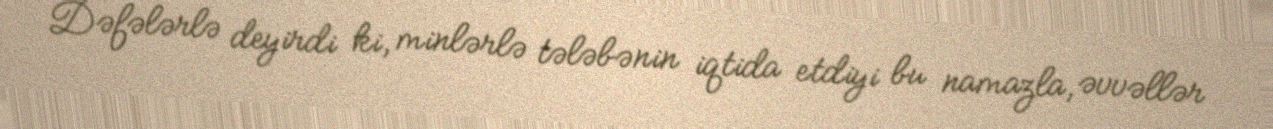
Dəfələrlə deyirdi ki, minlərlə tələbənin iqtida etdiyi bu namazla, əvvəllər